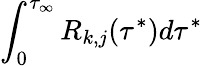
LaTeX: \int_{0}^{\tau_{\infty}}R_{k,j}(\tau^{*})d\tau^{*}